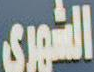
الشورى